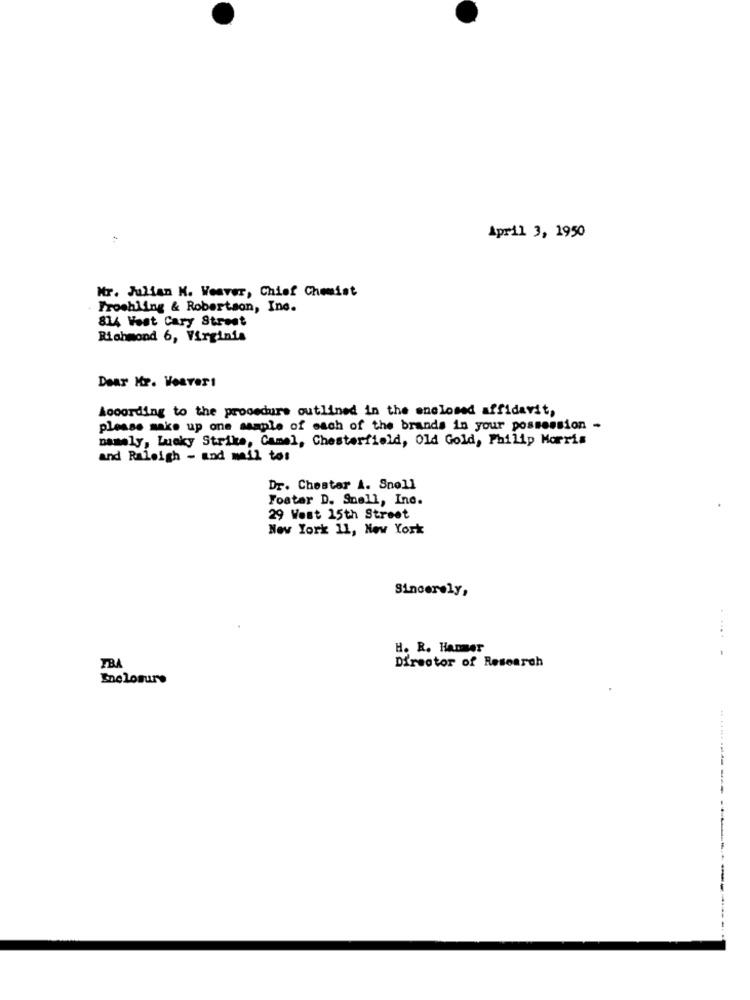
April 3, 1950
Mr. Julian K. Weaver, Chief Chemist
Frochling & Robertson, Inc.
814 Vost Cary Street
Richmond 6, Virginia
Dear Mr. Veavert
According to the procedure outlined in the enclosed affidavit,
please make up one sample of each of the brands in your possession -
namely, Lucky Strike, Camel, Chesterfield, Old Gold, Philip Morris
and Raleigh - and mail to:
Dr. Chestar A. Snell
Fostar D. Snell, Inc.
29 West 15th Street
New York 11, New York
Sincerely,
.....
H. R. Hanmer
Director of Research
FBA
Enclosure
---